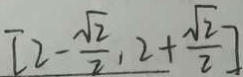
[ 2 - \frac { \sqrt { 2 } } { 2 } , 2 + \frac { \sqrt { 2 } } { 2 } ]